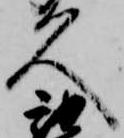
久